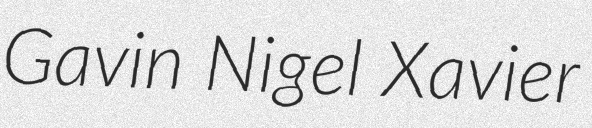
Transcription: Gavin Nigel Xavier